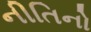
નીતિનો